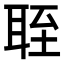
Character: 𬚘